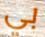
بي